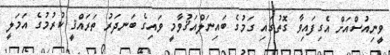
ވީނިއުސްއަށް އެގިފައިވާ ގޮތުގައި ގަމުގެ ބައިނަލްއަޤުވާމީ ވައިގެ ބަނދަރު ތަރައްޤީ ކުރުމުގެ އަމަލީ